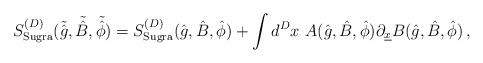
LaTeX: \begin{align*}S_{\rm{Sugra}}^{(D)}(\tilde{\hat{g}}, \tilde{\hat{B}}, \tilde{\hat{\phi}})=S_{\rm{Sugra}}^{(D)}(\hat{g}, \hat{B},\hat{\phi}) +\int d^{D} x\ A(\hat{g},\hat{B},\hat{\phi}) \partial_{\underline{x}}B(\hat{g},\hat{B},\hat{\phi})\, ,\end{align*}